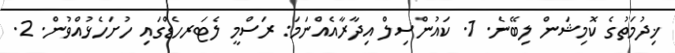
ޚިދުމަތުގެ ކޮމިޝަން ލިބޭނެ. 1. ކައުންސިލް އިދާރާއެއްނަމަ: ރަސްމީ ލެޓަރހެޑްގައި ހުށަހެޅުއްވުން. 2.